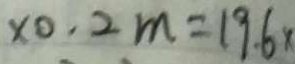
\times 0 . 2 m = 1 9 . 6 x